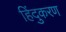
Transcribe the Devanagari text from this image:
हिंदुकरण